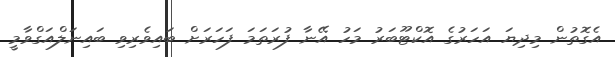
އެގޮތުން މިދިޔަ އަަހަރުގެ އޮކްޓޫބަރު މަހު އޭނާ ފުރަތަމަ ފަހަރަށް ބައިވެރިވި ބައިނަލްއަގްވާމީ